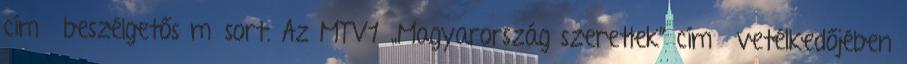
című beszélgetős műsort. Az MTV1 „Magyarország szeretlek” című vetélkedőjében